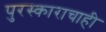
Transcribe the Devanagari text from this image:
पुरस्काराचाही